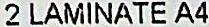
2 LAMINATE A4